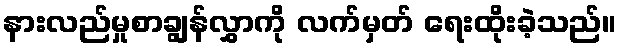
နားလည်မှုစာချွန်လွှာကို လက်မှတ် ရေးထိုးခဲ့သည်။